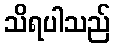
သိရပါသည်